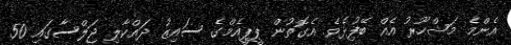
އެންމެ މަޝްހޫރު އެއް ބޭފުިޅެވެ. އެގޮތުން ޕީޕީއެމްގެ ސައިޒު ދައްކާލި ޖަލްސާގައި 50